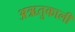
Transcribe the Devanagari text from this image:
अऋतुकाली